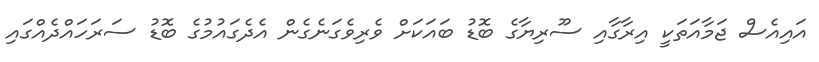
އައިއެސް ޖަމާއަތަކީ އިރާގާއި ސޫރިޔާގެ ބޮޑު ބައަކަށް ވެރިވެގަނެގެން އެދެގައުމުގެ ބޮޑު ސަރަހައްދެއްގައި